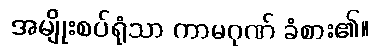
အမျိုးစပ်ရုံသာ ကာမဂုဏ် ခံစား၏။